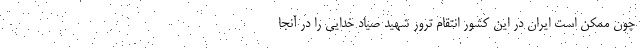
چون ممکن است ایران در این کشور انتقام ترور شهید صیاد خدایی را در آنجا